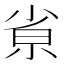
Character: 𡭽